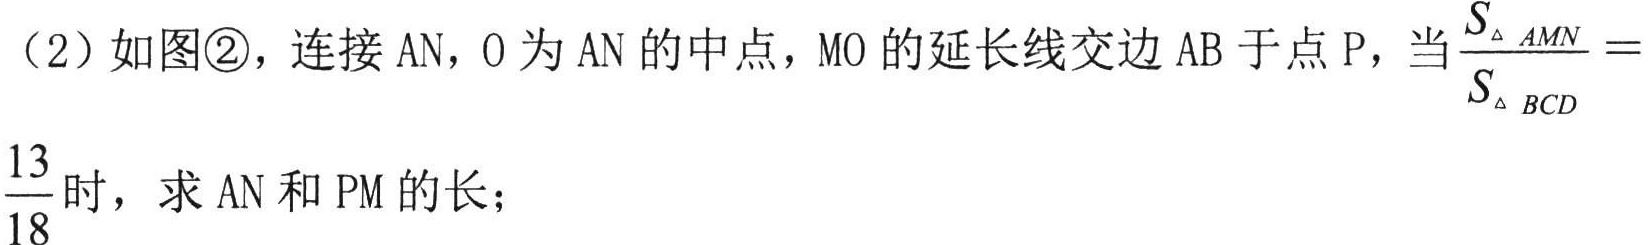
（2）如图\textcircled{2}，连接$\mathrm{AN}$，$\mathrm{O}$为$\mathrm{AN}$的中点，$\mathrm{MO}$的延长线交边$\mathrm{AB}$于点$\mathrm{P}$，当$\frac{S_{\triangle \mathrm{AMN}}}{S_{\triangle \mathrm{BCD}}}=\frac{13}{18}$时，求$\mathrm{AN}$和$\mathrm{PM}$的长；